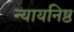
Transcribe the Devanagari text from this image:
न्यायनिष्ठ